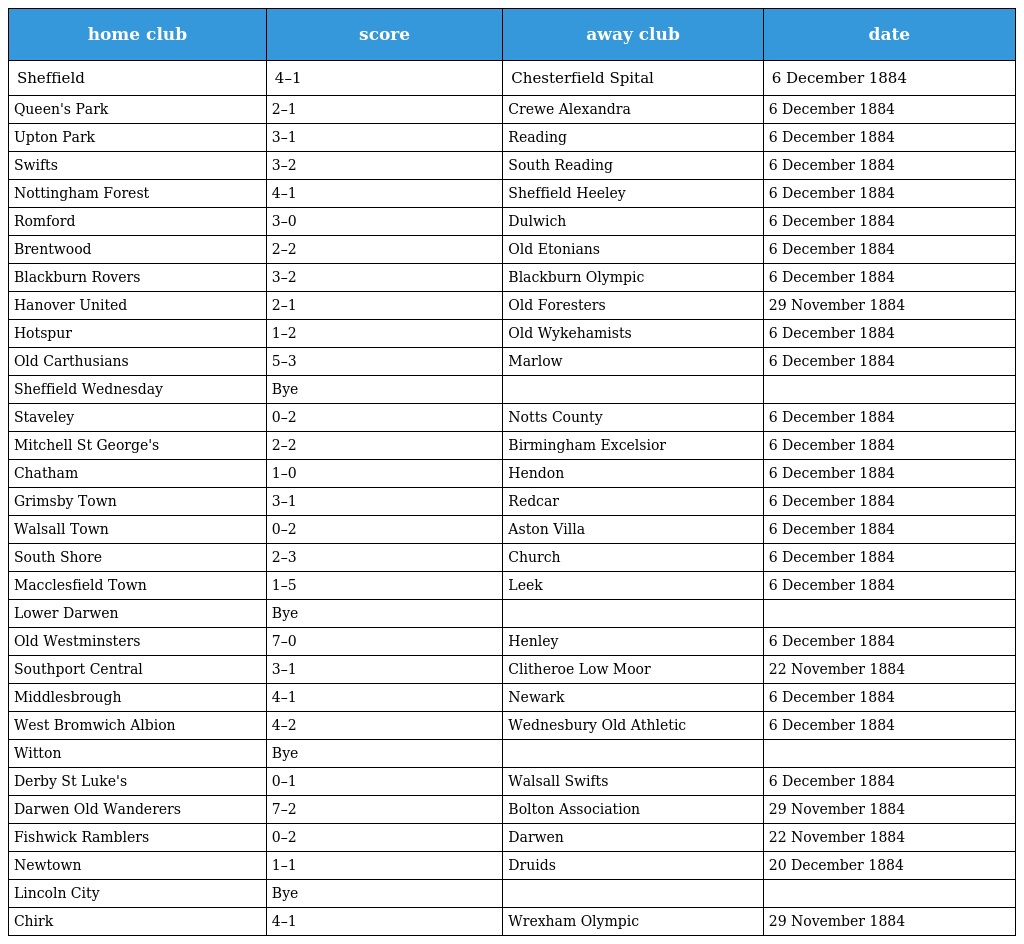
| home club | score | away club | date |
 | --- | --- | --- | --- |
 | Sheffield | 4–1 | Chesterfield Spital | 6 December 1884 |
 | Queen's Park | 2–1 | Crewe Alexandra | 6 December 1884 |
 | Upton Park | 3–1 | Reading | 6 December 1884 |
 | Swifts | 3–2 | South Reading | 6 December 1884 |
 | Nottingham Forest | 4–1 | Sheffield Heeley | 6 December 1884 |
 | Romford | 3–0 | Dulwich | 6 December 1884 |
 | Brentwood | 2–2 | Old Etonians | 6 December 1884 |
 | Blackburn Rovers | 3–2 | Blackburn Olympic | 6 December 1884 |
 | Hanover United | 2–1 | Old Foresters | 29 November 1884 |
 | Hotspur | 1–2 | Old Wykehamists | 6 December 1884 |
 | Old Carthusians | 5–3 | Marlow | 6 December 1884 |
 | Sheffield Wednesday | Bye |  |  |
 | Staveley | 0–2 | Notts County | 6 December 1884 |
 | Mitchell St George's | 2–2 | Birmingham Excelsior | 6 December 1884 |
 | Chatham | 1–0 | Hendon | 6 December 1884 |
 | Grimsby Town | 3–1 | Redcar | 6 December 1884 |
 | Walsall Town | 0–2 | Aston Villa | 6 December 1884 |
 | South Shore | 2–3 | Church | 6 December 1884 |
 | Macclesfield Town | 1–5 | Leek | 6 December 1884 |
 | Lower Darwen | Bye |  |  |
 | Old Westminsters | 7–0 | Henley | 6 December 1884 |
 | Southport Central | 3–1 | Clitheroe Low Moor | 22 November 1884 |
 | Middlesbrough | 4–1 | Newark | 6 December 1884 |
 | West Bromwich Albion | 4–2 | Wednesbury Old Athletic | 6 December 1884 |
 | Witton | Bye |  |  |
 | Derby St Luke's | 0–1 | Walsall Swifts | 6 December 1884 |
 | Darwen Old Wanderers | 7–2 | Bolton Association | 29 November 1884 |
 | Fishwick Ramblers | 0–2 | Darwen | 22 November 1884 |
 | Newtown | 1–1 | Druids | 20 December 1884 |
 | Lincoln City | Bye |  |  |
 | Chirk | 4–1 | Wrexham Olympic | 29 November 1884 |